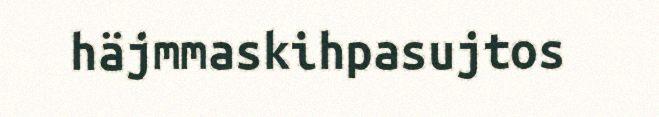
häjmmaskihpasujtos